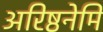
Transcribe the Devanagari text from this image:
अरिष्ठनेमि